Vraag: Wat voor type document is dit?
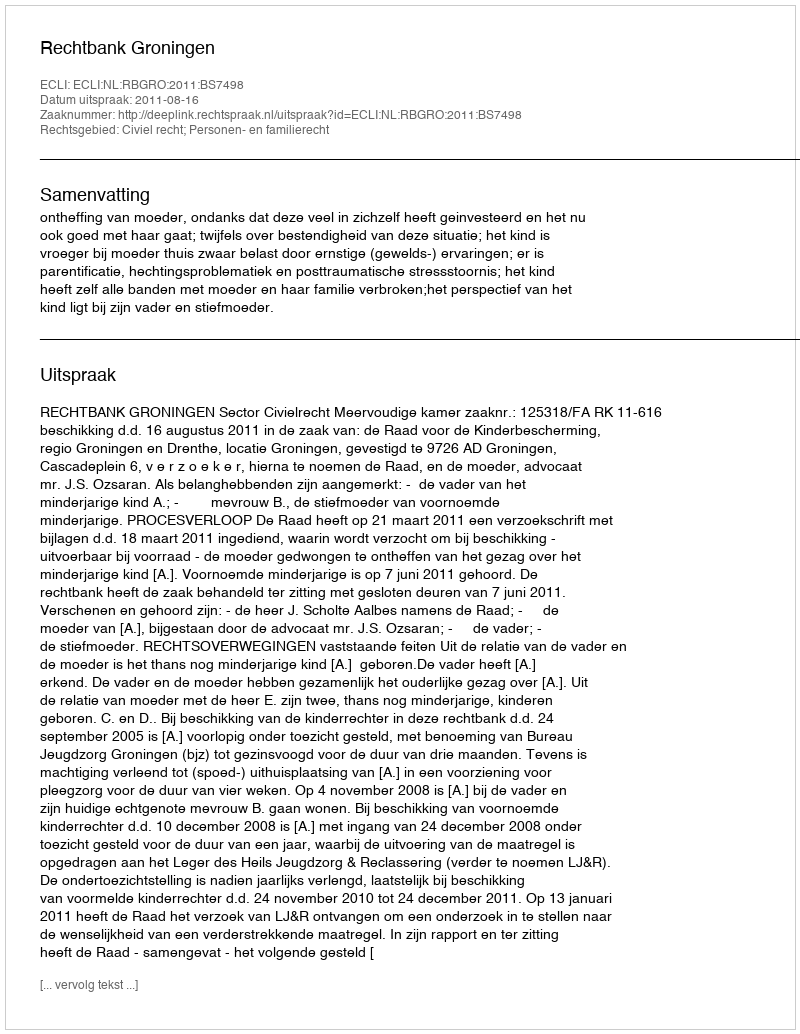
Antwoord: Uitspraak